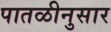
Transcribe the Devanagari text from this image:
पातळीनुसार